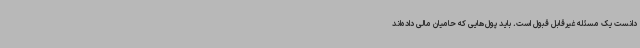
دانست یک مسئله غیرقابل قبول است. باید پول‌هایی که حامیان مالی داده‌اند